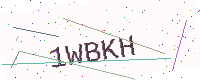
Text: 1WBKH